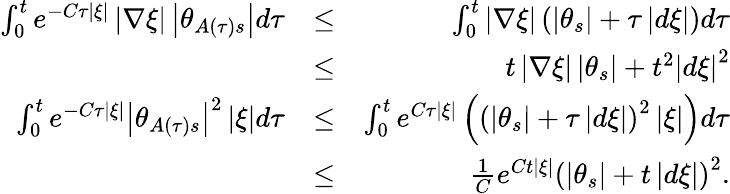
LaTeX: \begin{array}{rlr}{\int_{0}^{t}e^{-C\tau\left\vert\xi\right\vert}\left\vert\nabla\xi\right\vert\left\vert\theta_{A\left(\tau\right)s}\right\vert d\tau}&{\leq}&{\int_{0}^{t}\left\vert\nabla\xi\right\vert\left(\left\vert\theta_{s}\right\vert+\tau\left\vert d\xi\right\vert\right)d\tau}\\ &{\leq}&{t\left\vert\nabla\xi\right\vert\left\vert\theta_{s}\right\vert+t^{2}\left\vert d\xi\right\vert^{2}}\\ {\int_{0}^{t}e^{-C\tau\left\vert\xi\right\vert}\left\vert\theta_{A\left(\tau\right)s}\right\vert^{2}\left\vert\xi\right\vert d\tau}&{\leq}&{\int_{0}^{t}e^{C\tau\left\vert\xi\right\vert}\left(\left(\left\vert\theta_{s}\right\vert+\tau\left\vert d\xi\right\vert\right)^{2}\left\vert\xi\right\vert\right)d\tau}\\ &{\leq}&{\frac{1}{C}e^{Ct\left\vert\xi\right\vert}\left(\left\vert\theta_{s}\right\vert+t\left\vert d\xi\right\vert\right)^{2}.}\end{array}